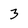
Character: 3